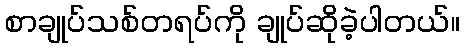
စာချုပ်သစ်တရပ်ကို ချုပ်ဆိုခဲ့ပါတယ်။